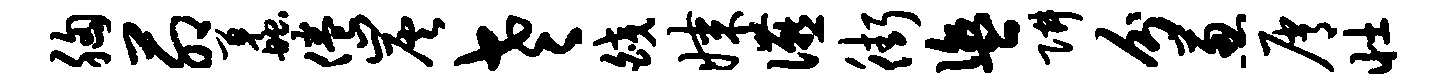
胸茆蠡倦炭老皎媒宴街盥阱分葱屑壮